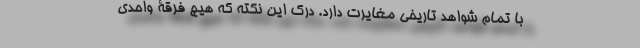
با تمام شواهد تاریخی مغایرت دارد. درک این نکته که هیچ فرقۀ واحدی